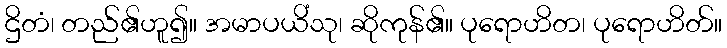
ဌိတံ၊ တည်၏ဟူ၍။ အမာပယိံသု၊ ဆိုကုန်၏။ ပုရောဟိတ၊ ပုရောဟိတ်။